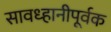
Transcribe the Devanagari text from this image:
सावध्हानीपूर्वक